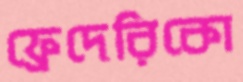
ফ্রেদেরিকো